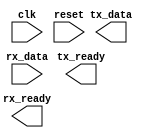
module uart_controller(
    input wire clk,               // Clock signal
    input wire reset,             // Reset signal
    output wire tx_data,          // Transmit data signal
    input wire rx_data,           // Receive data signal
    output wire tx_ready,         // Transmit ready signal
    output wire rx_ready          // Receive ready signal
);

// Timing control block
// Implement baud rate, start/stop bit timing, data sampling etc.

// Synchronization block
// Implement incoming and outgoing data stream synchronization

// UART bus controller
// Implement main controller for UART bus communication

endmodule